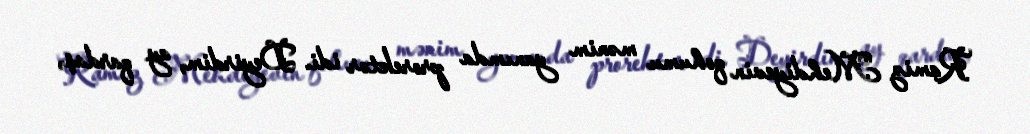
Ramiz Mehdiyevin qohumu mənim yanımda prorektor idi. Deyirdim, ay qardaş,